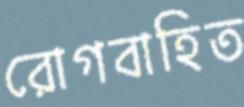
রোগবাহিত